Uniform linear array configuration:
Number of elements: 24
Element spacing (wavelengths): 0.5
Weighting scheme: uniform
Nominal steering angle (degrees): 45
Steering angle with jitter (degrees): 43.755
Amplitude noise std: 0.05
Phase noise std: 0.05

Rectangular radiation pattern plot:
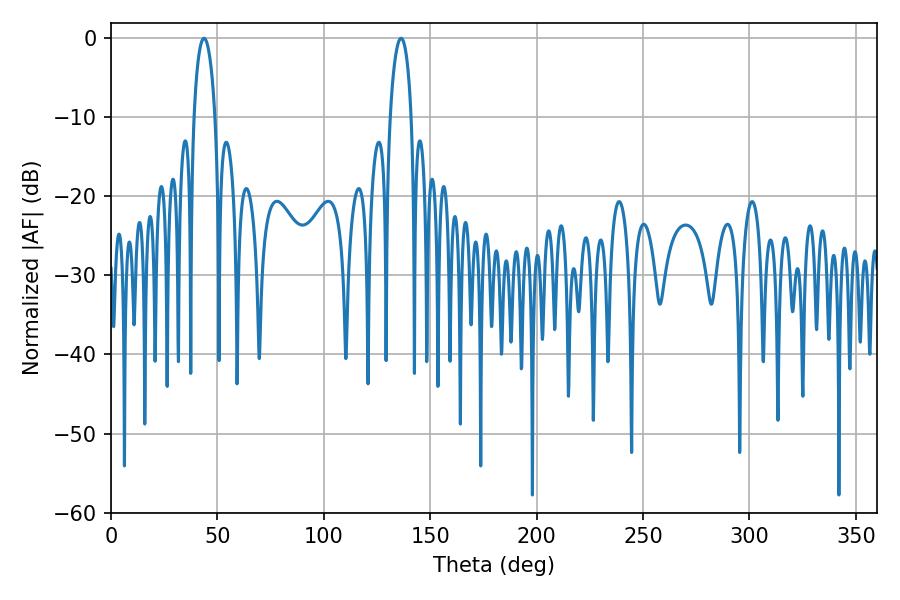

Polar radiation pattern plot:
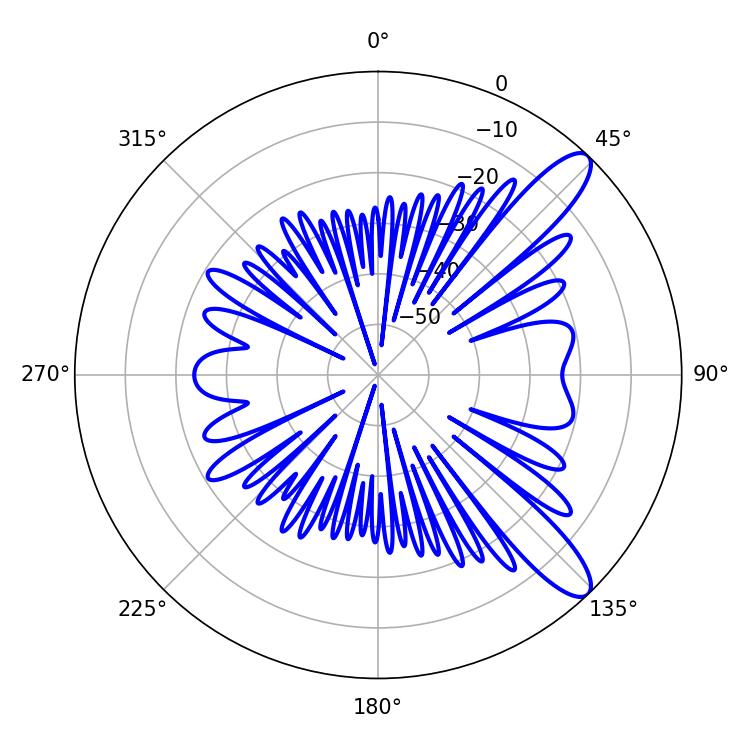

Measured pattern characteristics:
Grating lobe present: FALSE
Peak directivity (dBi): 11.085
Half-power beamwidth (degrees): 5.76
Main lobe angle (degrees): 43.74